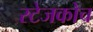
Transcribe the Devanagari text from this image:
स्‍टेजकोच